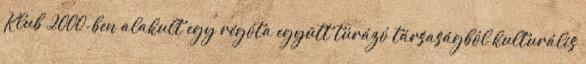
Klub 2000-ben alakult egy régóta együtt túrázó társaságból kulturális